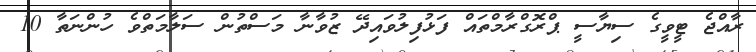
ރާއްޖެ ޓީވީގެ ސިޔާސީ ޕްރޮގްރާމްތައް ފަޅުފިލުވައިދޭ ޒުވާނާ މަސްތުން ސަލާމަތްވެ ހުންނަތާ 10